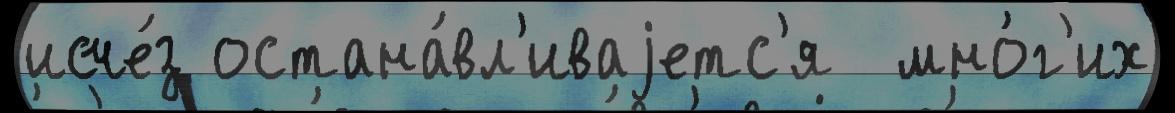
исче́з остана́вл'иваjетс'я  мно́г'их